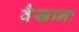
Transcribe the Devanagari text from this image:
वैखानः